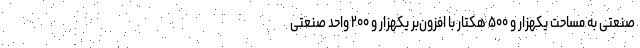
صنعتی به مساحت یکهزار و ۵۰۰ هکتار با افزون‌بر یکهزار و ۲۰۰ واحد صنعتی